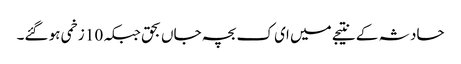
حادثہ کے نتیجے میں ای ک بچہ جاں بحق جبکہ 10 زخمی ہو گئے۔